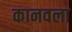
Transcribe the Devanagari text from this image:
कानवला